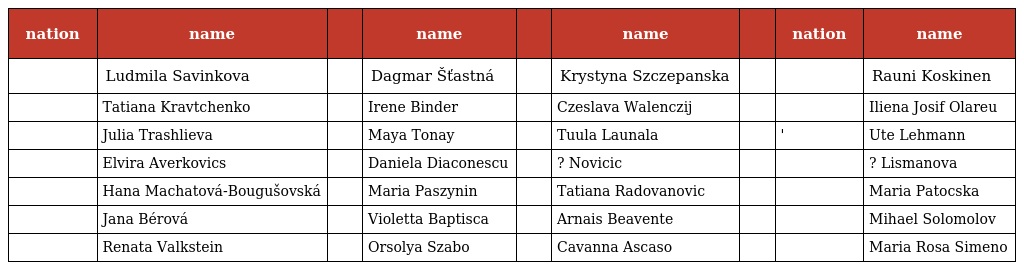
| nation | name |  | name |  | name |  | nation | name |
 | --- | --- | --- | --- | --- | --- | --- | --- | --- |
 |  | Ludmila Savinkova |  | Dagmar Šťastná |  | Krystyna Szczepanska |  |  | Rauni Koskinen |
 |  | Tatiana Kravtchenko |  | Irene Binder |  | Czeslava Walenczij |  |  | Iliena Josif Olareu |
 |  | Julia Trashlieva |  | Maya Tonay |  | Tuula Launala |  | ' | Ute Lehmann |
 |  | Elvira Averkovics |  | Daniela Diaconescu |  | ? Novicic |  |  | ? Lismanova |
 |  | Hana Machatová-Bougušovská |  | Maria Paszynin |  | Tatiana Radovanovic |  |  | Maria Patocska |
 |  | Jana Bérová |  | Violetta Baptisca |  | Arnais Beavente |  |  | Mihael Solomolov |
 |  | Renata Valkstein |  | Orsolya Szabo |  | Cavanna Ascaso |  |  | Maria Rosa Simeno |